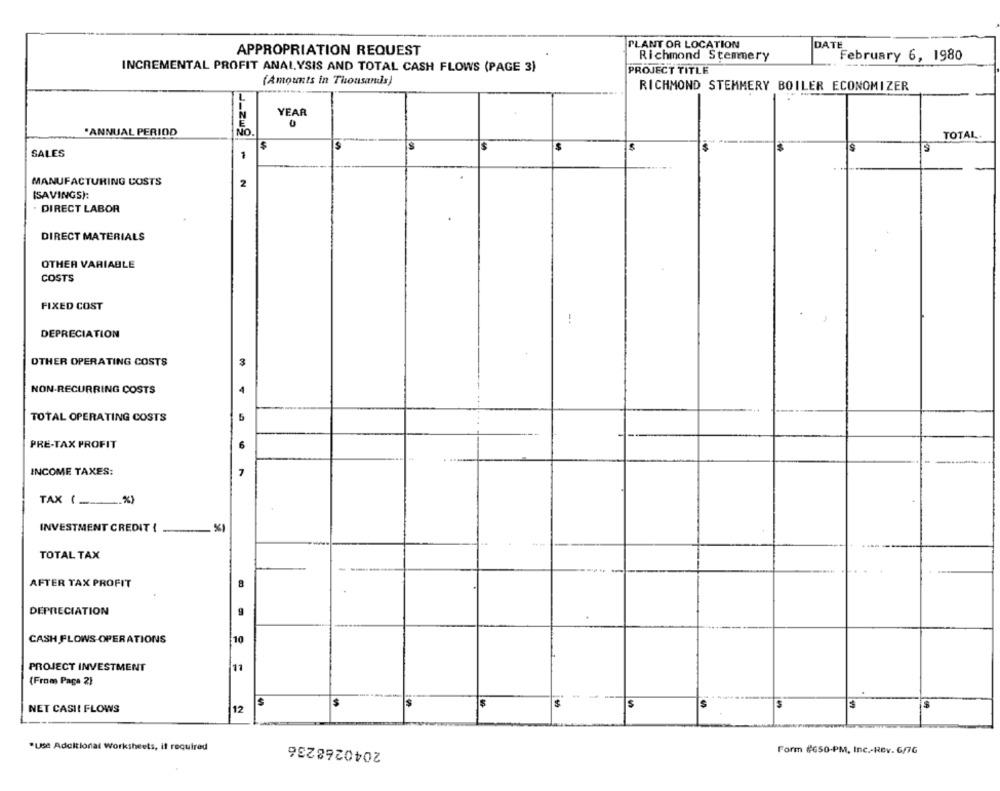
PLANT OR LOCATION
DATE
APPROPRIATION REQUEST
Richmond Stemmery
February 6, 1980
INCREMENTAL PROFIT ANALYSIS AND TOTAL CASH FLOWS (PAGE 3)
PROJECT TITLE
(Amounts in Thousands)
RICHMOND STEMMERY BOILER ECONOMIZER
YEAR
0
"ANNUAL PERIOD
NO
TOTAL
$
$
SALES
1
MANUFACTURING COSTS
2
(SAVINGS):
DIRECT LABOR
DIRECT MATERIALS
OTHER VARIABLE
COSTS
FIXED COST
DEPRECIATION
OTHER OPERATING COSTS
3
4
NON-RECURRING COSTS
TOTAL OPERATING COSTS
5
6
PRE-TAX PROFIT
INCOME TAXES:
7
TAX ( ____ %)
INVESTMENT CREDIT {
TOTAL TAX
AFTER TAX PROFIT
DEPRECIATION
CASH FLOWS OPERATIONS
10
PROJECT INVESTMENT
11
(From Page 2)
-
$
$
S
NET CASH FLOWS
12
2040268236
"Use Additional Worksheets, if required
Form #650-PM, Inc .- Rev. 6/7G